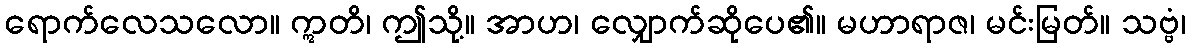
ရောက်လေသလော။ ဣတိ၊ ဤသို့။ အာဟ၊ လျှောက်ဆိုပေ၏။ မဟာရာဇ၊ မင်းမြတ်။ သဗ္ဗံ၊